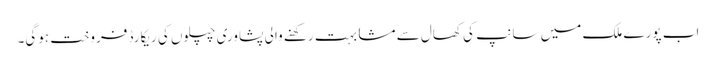
اب پورے ملک میں سانپ کی کھال سے مشابہت رکھنے والی پشاوری چپلوں کی ریکارڈ فروخت ہوگی۔